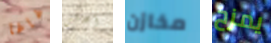
غاغا أعانى مخازن يمزح